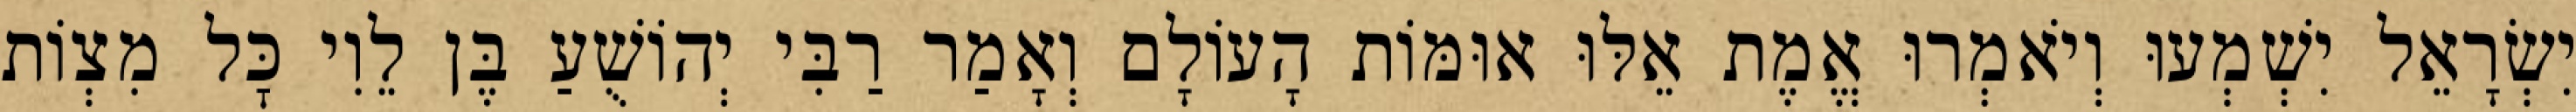
יִשְׂרָאֵל יִשְׁמְעוּ וְיֹאמְרוּ אֱמֶת אֵלּוּ אוּמּוֹת הָעוֹלָם וְאָמַר רַבִּי יְהוֹשֻׁעַ בֶּן לֵוִי כׇּל מִצְוֹת